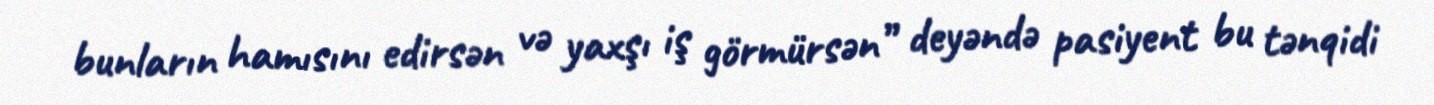
bunların hamısını edirsən və yaxşı iş görmürsən” deyəndə pasiyent bu tənqidi